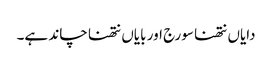
دایاں نتھنا سورج اور بایاں نتھنا چاند ہے۔